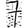
Digit: 7